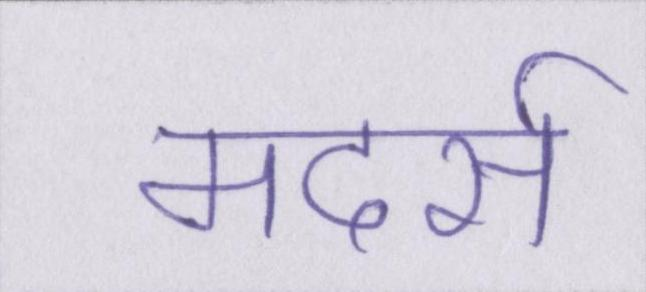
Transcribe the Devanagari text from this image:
मदर्स